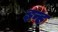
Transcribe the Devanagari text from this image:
इन्ह